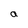
Character: a